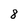
Character: 8